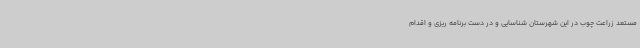
مستعد زراعت چوب در این شهرستان شناسایی و در دست برنامه ریزی و اقدام